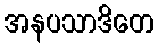
အနပသာဒိတေ